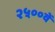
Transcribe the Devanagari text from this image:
२५००वें